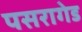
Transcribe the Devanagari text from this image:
पसरागेड